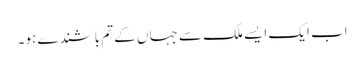
اب ایک ایسے ملک سے جہاں کے تم باشندے ہو۔